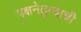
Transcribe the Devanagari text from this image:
पक्षनेतृत्वाची